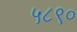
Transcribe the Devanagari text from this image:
५८९०